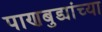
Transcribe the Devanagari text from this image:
पाणबुड्यांच्या